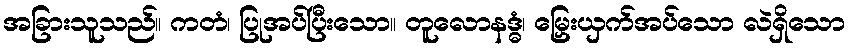
အခြားသူသည်။ ကတံ၊ ပြုအပ်ပြီးသော။ တူလောနဒ္ဓံ၊ မြှေးယှက်အပ်သော လဲရှိသော